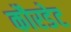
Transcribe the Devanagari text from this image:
कौरडेट